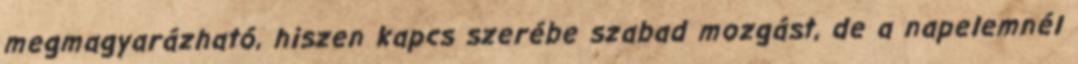
megmagyarázható, hiszen kapcs szerébe szabad mozgást, de a napelemnél